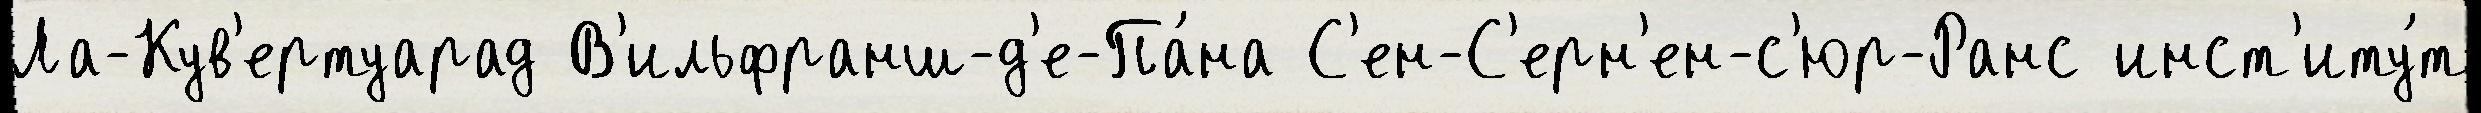
Ла-Кув'ертуарад В'ильфранш-д'е-Па́на С'ен-С'ерн'ен-с'юр-Ранс инст'иту́т